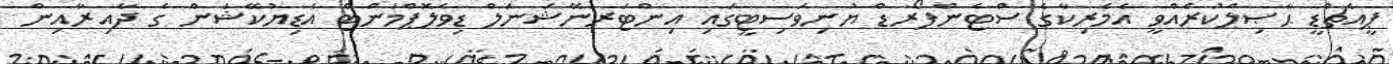
ޕީއެޗްޑީ ޙާޞިލްކުރެއްވީ އެމެރިކާގެ ސްޓެންފޯރޑް ޔުނިވަސިޓީގައި އިންޓަރނޭޝަނަލް ޑިވެލޮޕްމަންޓް އެޑިޔުކޭޝަން ގެ ދާއިރާއިން